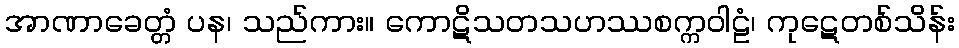
အာဏာခေတ္တံ ပန၊ သည်ကား။ ကောဋိသတသဟဿစက္ကဝါဠံ၊ ကုဋေတစ်သိန်း